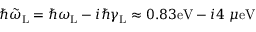
\hbar \tilde { \omega } _ { \mathrm { L } } = \hbar \omega _ { \mathrm { L } } - i \hbar \gamma _ { \mathrm { L } } \approx 0 . 8 3 \mathrm { e V } - i 4 ~ \mu \mathrm { e V }